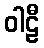
ဝါဠီ